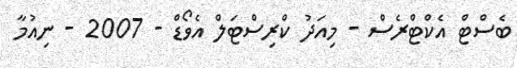
ބެސްޓް އެކްޓްރެސް - މިއަދު ކްރިސްޓަލް އެވޯޑް - 2007 - ނިއުމާ